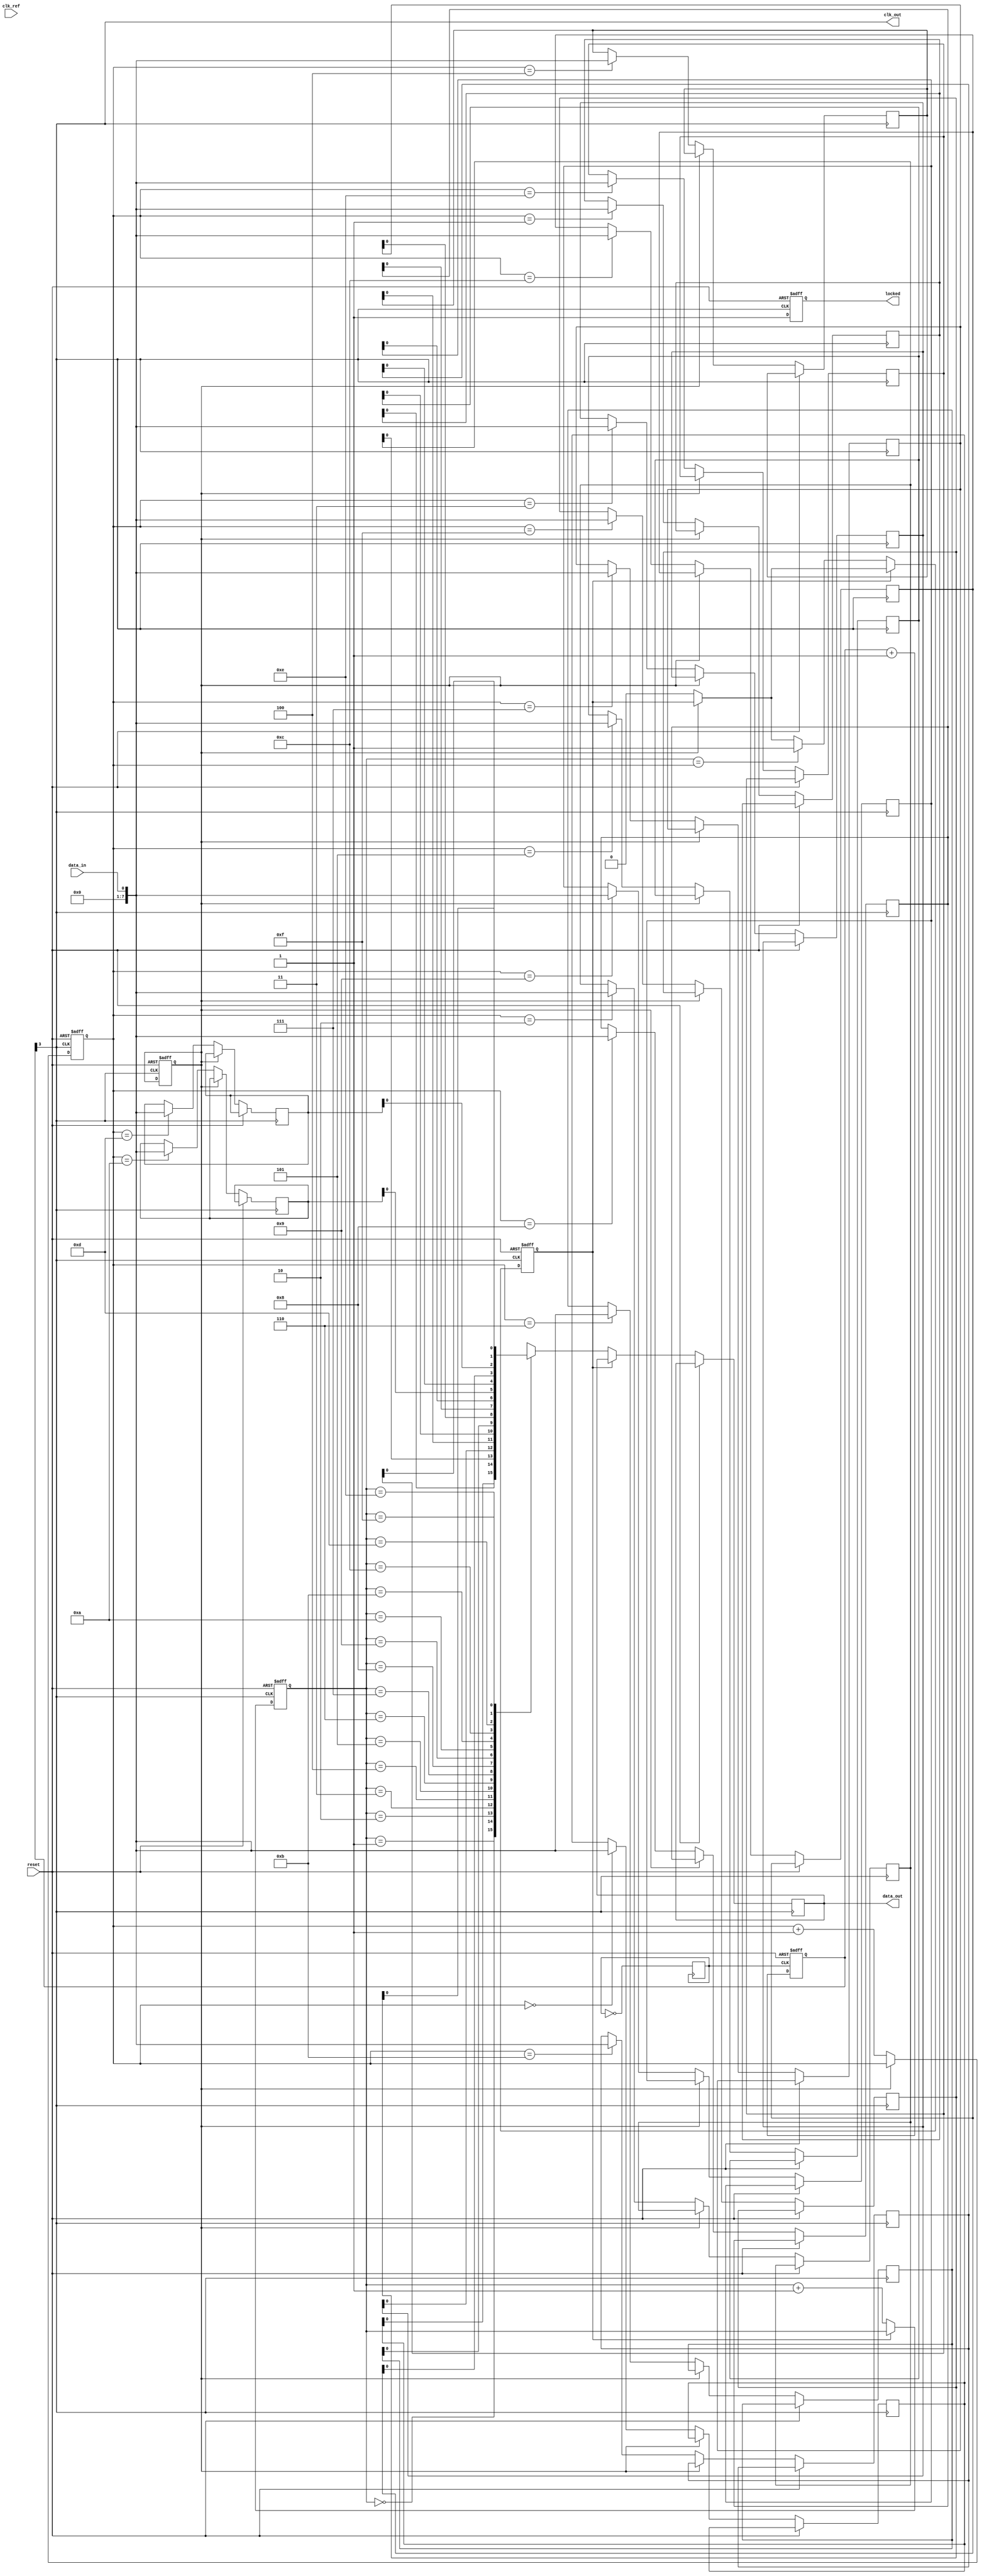
module PLL_Synchronizer (
    input wire clk_ref,          // Reference clock
    input wire reset,            // Reset signal
    input wire data_in,          // Incoming data from source clock domain
    output wire data_out,        // Output data in synchronized clock domain
    output wire clk_out,         // Synchronized clock output
    output wire locked           // PLL lock status indicator
);
  
  // Parameters
  localparam PHASE_DETECTOR_WIDTH = 8;  // Width of phase error signal
  localparam FIFO_DEPTH = 16;             // Depth of FIFO buffer

  // Phase Detector
  reg [PHASE_DETECTOR_WIDTH-1:0] phase_error;  
  wire phase_error_signal;
  
  // Low-Pass Filter
  reg [PHASE_DETECTOR_WIDTH-1:0] filtered_phase_error;
  
  // Voltage-Controlled Oscillator (VCO)
  reg [7:0] vco_freq; // VCO frequency control
  wire vco_clk;       // VCO output clock
  
  // Clock Divider
  reg [3:0] clk_divider;
  wire divided_clk;
  
  // Data Synchronizer (FIFO)
  reg [7:0] fifo [0:FIFO_DEPTH-1];
  reg [3:0] fifo_write_ptr;
  reg [3:0] fifo_read_ptr;
  reg fifo_full;
  reg fifo_empty;
  
  // Lock Detection
  reg pll_locked;
  
  // Phase Detector Logic
  always @(posedge clk_ref or posedge reset) begin
    if (reset) begin
      phase_error <= 0;
    end else begin
      // Dummy phase error calculation
      // Replace with actual phase detection logic
      phase_error <= phase_error + 1; 
    end
  end
  
  // Low-Pass Filter Logic
  always @(posedge clk_ref or posedge reset) begin
    if (reset) begin
      filtered_phase_error <= 0;
    end else begin
      filtered_phase_error <= filtered_phase_error + (phase_error >> 1); // Simple averaging
    end
  end
  
  // VCO Logic
  always @(posedge clk_ref or posedge reset) begin
    if (reset) begin
      vco_freq <= 8'd100; // Example initial frequency
    end else begin
      // Adjust VCO frequency based on filtered phase error
      vco_freq <= vco_freq + (filtered_phase_error[0] ? 1 : -1);
    end
  end
  
  // Generate VCO Output Clock
  always @(posedge vco_clk) begin
    // VCO clock generation logic (simple toggle for example)
    vco_clk <= ~vco_clk; 
  end
  
  // Clock Divider Logic
  always @(posedge vco_clk or posedge reset) begin
    if (reset) begin
      clk_divider <= 0;
    end else begin
      clk_divider <= clk_divider + 1;
    end
  end
  
  assign divided_clk = clk_divider[3]; // Divide by 16
  
  // Data Synchronizer Logic
  always @(posedge divided_clk or posedge reset) begin
    if (reset) begin
      fifo_write_ptr <= 0;
      fifo_read_ptr <= 0;
      fifo_full <= 0;
      fifo_empty <= 1;
    end else begin
      if (!fifo_full) begin
        fifo[fifo_write_ptr] <= data_in; // Write data
        fifo_write_ptr <= fifo_write_ptr + 1;
        fifo_empty <= 0;
      end
      
      if (!fifo_empty) begin
        data_out <= fifo[fifo_read_ptr]; // Read data
        fifo_read_ptr <= fifo_read_ptr + 1;
        if (fifo_read_ptr == fifo_write_ptr) begin
          fifo_empty <= 1; // Reset empty flag
        end
      end
    end
  end
  
  // Lock Detection Logic
  always @(posedge divided_clk or posedge reset) begin
    if (reset) begin
      pll_locked <= 0;
    end else begin
      // Dummy lock detection logic
      // Replace with actual lock detection mechanism
      pll_locked <= 1; // Assume PLL is locked
    end
  end
  
  assign locked = pll_locked; // Output lock status
  assign clk_out = divided_clk; // Output synchronized clock
  
endmodule